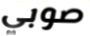
صوبي